Vaccination in Bombay 1913-1923 - 1913-1923
Year: 1913
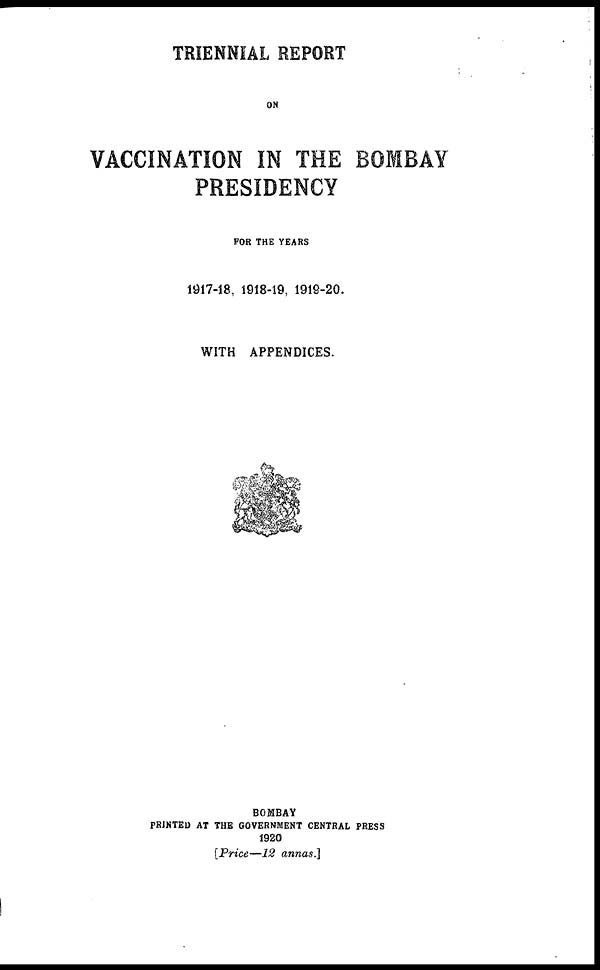
TRIENNIAL REPORT
ON
VACCINATION IN THE BOMBAY
PRESIDENCY
FOR THE YEARS
1917-18, 1918-19, 1919-20.
WITH APPENDICES.
BOMBAY
PRINTED AT THE GOVERNMENT CENTRAL PRESS
1920
[Price—12 annas.]